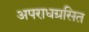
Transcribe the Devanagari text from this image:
अपराधग्रसित